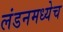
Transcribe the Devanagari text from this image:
लंडनमध्येच